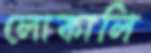
লোকালি